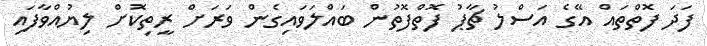
ފަދަ ފޮތްތައް އޭގެ އަސްލު ޗާޕު ފޮތްފޮތުން ބައްލަވައިގެން ވަރަށް ރީތިކޮށް ލިޔުއްވާފައި